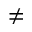
\neq